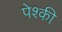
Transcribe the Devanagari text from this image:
पेश्की